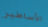
الأساطير